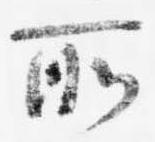
所